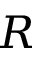
R